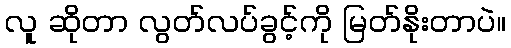
လူ ဆိုတာ လွတ်လပ်ခွင့်ကို မြတ်နိုးတာပဲ။